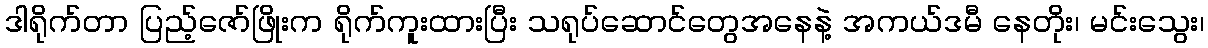
ဒါရိုက်တာ ပြည့်ဇော်ဖြိုးက ရိုက်ကူးထားပြီး သရုပ်ဆောင်တွေအနေနဲ့ အကယ်ဒမီ နေတိုး၊ မင်းသွေး၊